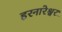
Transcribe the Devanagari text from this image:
हरनारेश्वर